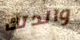
والدتك